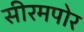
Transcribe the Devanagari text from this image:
सीरमपोर